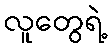
လူတွေရဲ့